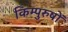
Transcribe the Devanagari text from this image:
किम्पुरुषों